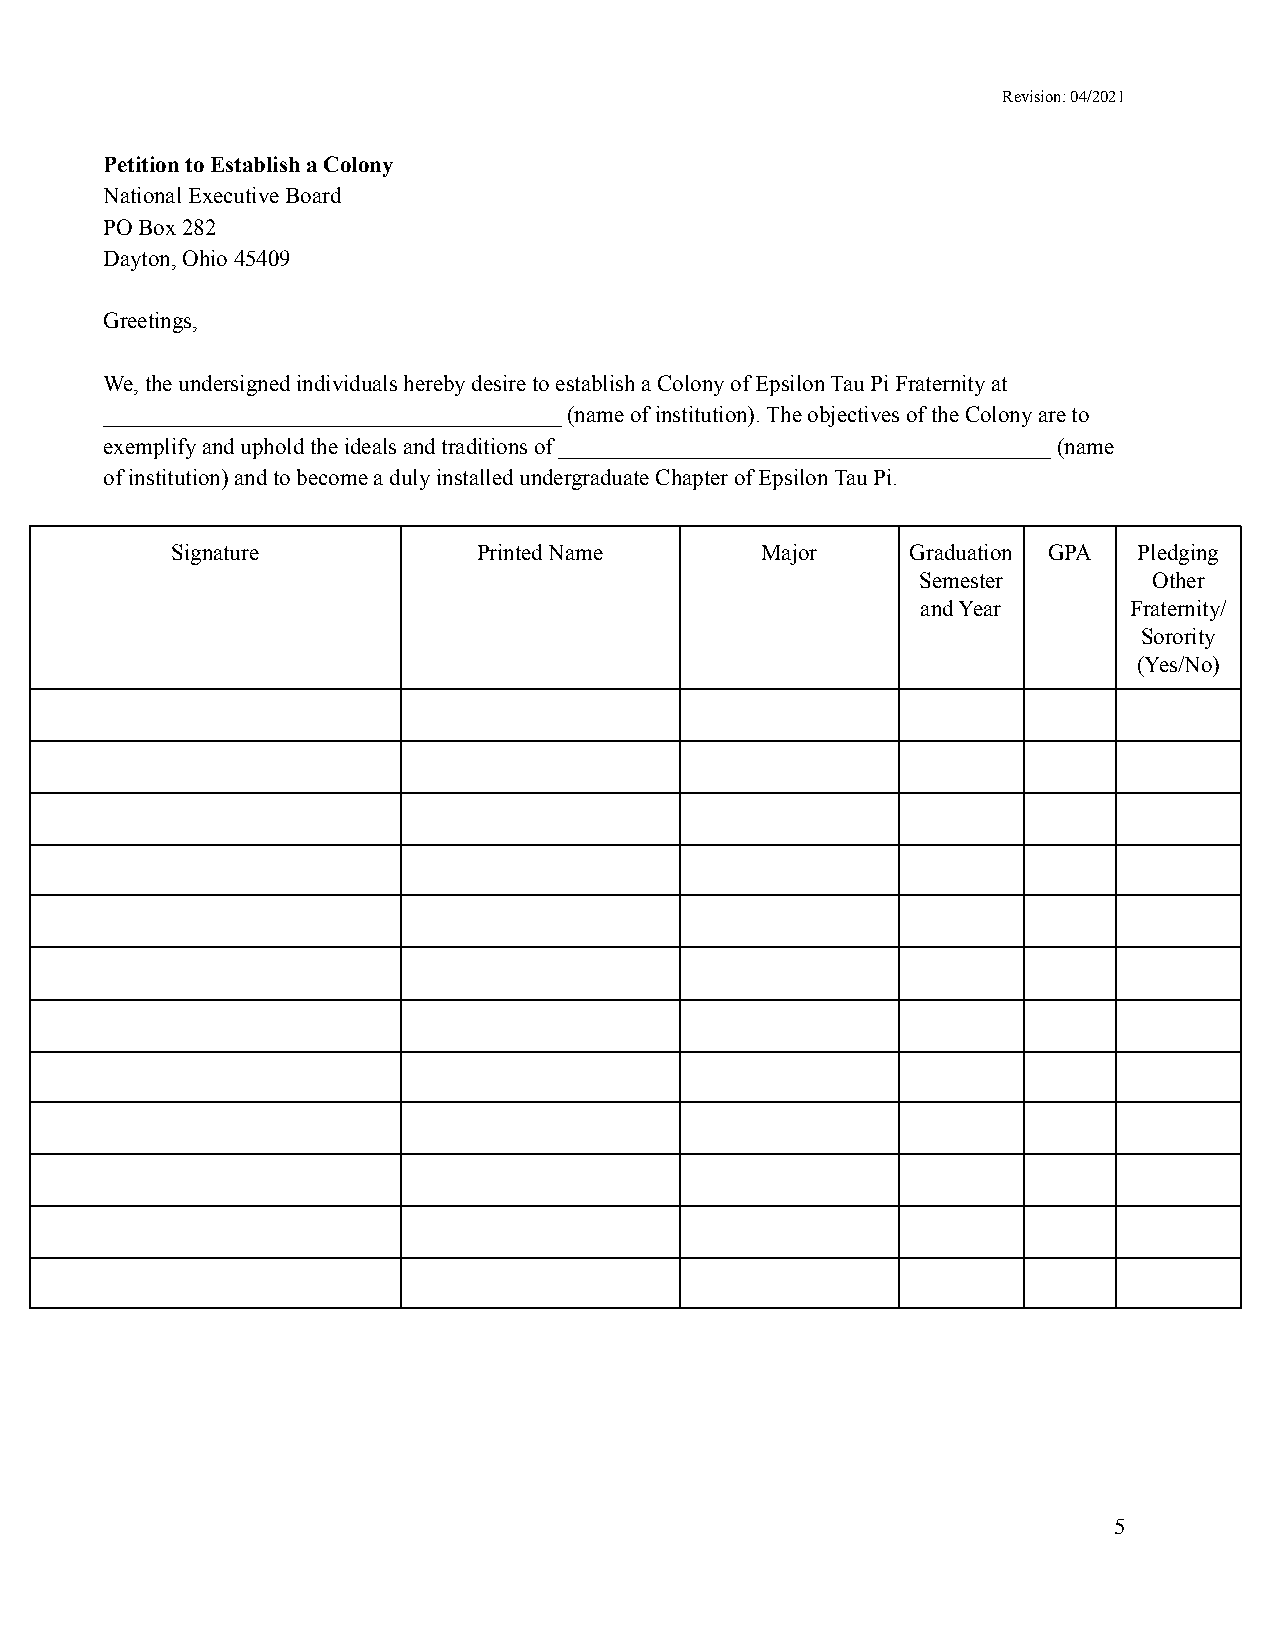
Revision: 04/2021
 Petition to Establish a Colony
 National Executive Board
 PO Box 282
 Dayton, Ohio 45409
 Greetings,
 We, the undersigned individuals hereby desire to establisha Colony of Epsilon Tau Pi Fraternity at
 ________________________________________ (name ofinstitution). The objectives of the Colony are to
 exemplify and uphold the ideals and traditions of___________________________________________ (name
 of institution) and to become a duly installed undergraduateChapter of Epsilon Tau Pi.
 Signature            Printed Name      Major     Graduation GPA Pledging
 Semester       Other
 and Year      Fraternity/
 Sorority
 (Yes/No)
 5